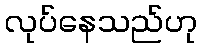
လုပ်နေသည်ဟု